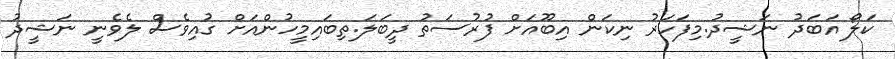
ކަލޯ އަބަދު ނަޝީދު.މިފަހަރު ނިކަން އިބޫއަށް ފުރުސަތު ދީބަލަ.ތިބައިމީހުންއަށް ގުއިވެސް ލެވެނީ ނަޝީދު